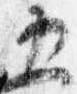
五